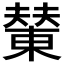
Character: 𪳭